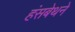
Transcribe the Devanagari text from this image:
हंसबेथने